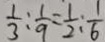
\frac { 1 } { 3 } : \frac { 1 } { 9 } = \frac { 1 } { 2 } : \frac { 1 } { 6 }